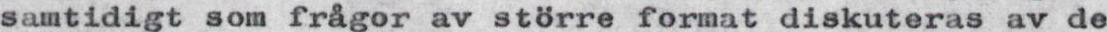
samtidigt som frågor av större format diskuteras av de